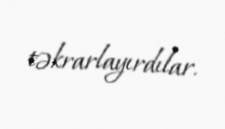
təkrarlayırdılar.